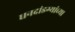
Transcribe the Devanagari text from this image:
धनदांडग्यांच्या